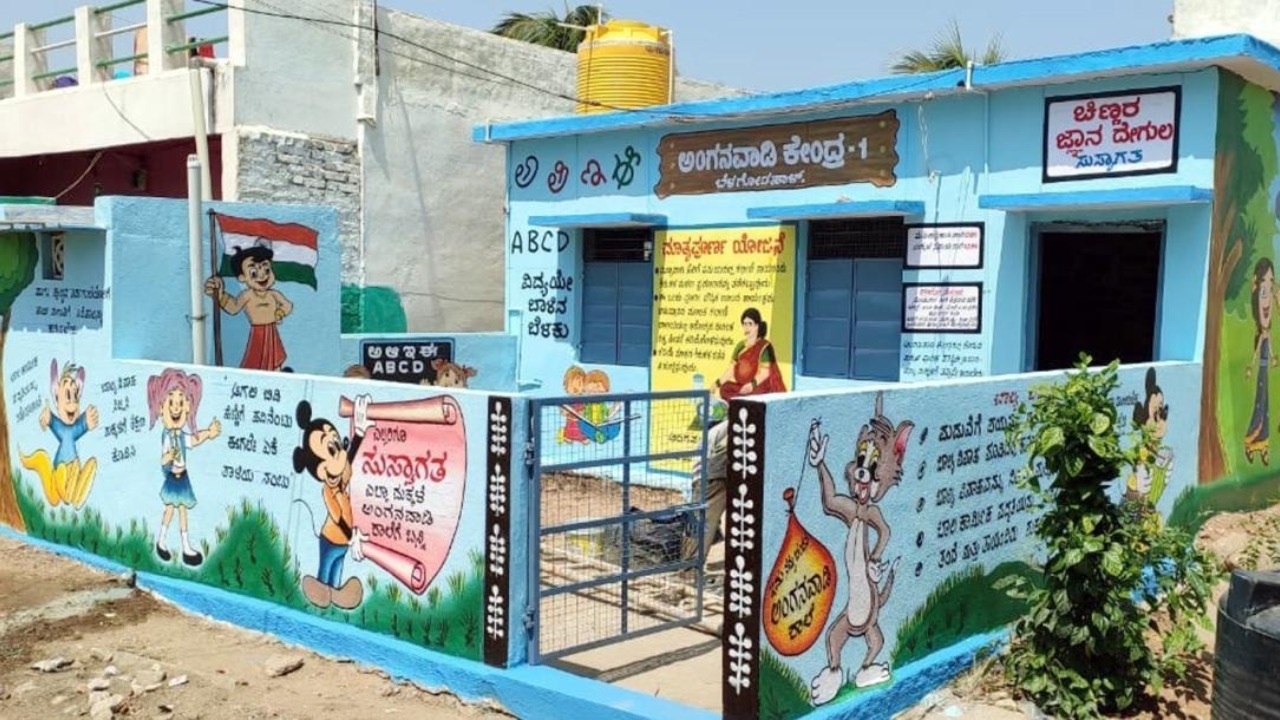
Language: kannada
Transcription: ಸುಸ್ವಾಗತ ಅಂಗನವಾಡಿ ಕೇಂದ್ರ